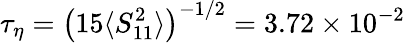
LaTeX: \tau_{\eta}=\left({15\langle S_{11}^{2}\rangle}\right)^{-1/2}=3.72\times 10^{-2}